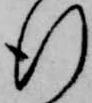
行